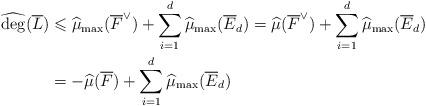
LaTeX: \begin{align*}\widehat{\deg}(\overline L) &\leqslant\widehat{\mu}_{\max}(\overline F^\vee)+\sum_{i=1}^d\widehat{\mu}_{\max}(\overline E_d)=\widehat{\mu}(\overline F^\vee)+\sum_{i=1}^d\widehat{\mu}_{\max}(\overline E_d) \\& =-\widehat{\mu}(\overline F)+\sum_{i=1}^d\widehat{\mu}_{\max}(\overline E_d)\end{align*}